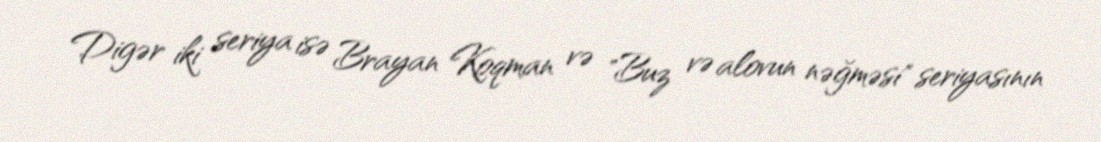
Digər iki seriya isə Brayan Koqman və "Buz və alovun nəğməsi" seriyasının